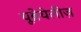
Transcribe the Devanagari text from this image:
यूब्रेयेलीज़